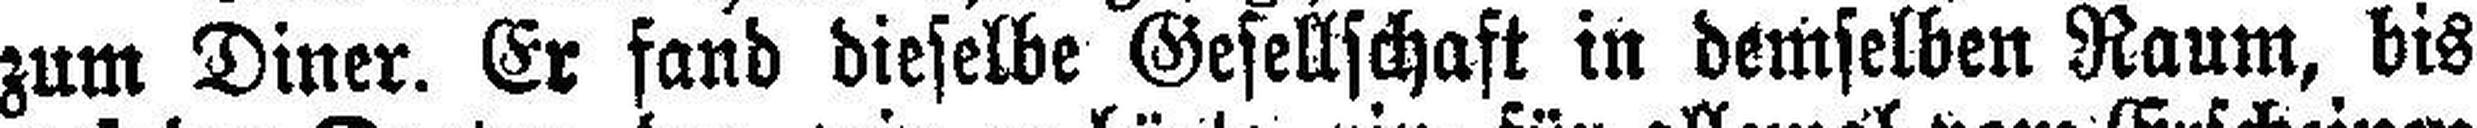
zum Diner. Er fand dieselbe Gesellschaft in demselben Raum, bis